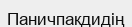
Паничпакдидің